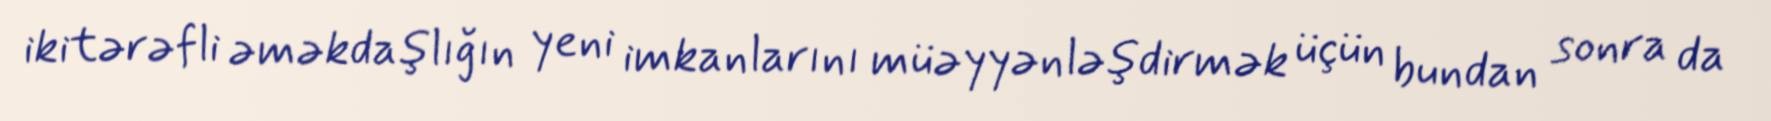
ikitərəfli əməkdaşlığın yeni imkanlarını müəyyənləşdirmək üçün bundan sonra da